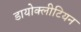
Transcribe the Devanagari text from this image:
डायोक्लीटियन